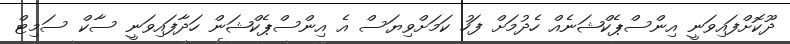
ދޫކޮށްފައިވަނީ އިންސްޕެކްޝަނެއް ހެދުމަށް ފަހު ކަމަށްވިޔަސް އެ އިންސްޕެކްޝަން ހަދާފައިވަނީ ސާކް ސަމިޓް